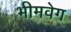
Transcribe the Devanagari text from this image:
भीमवेग